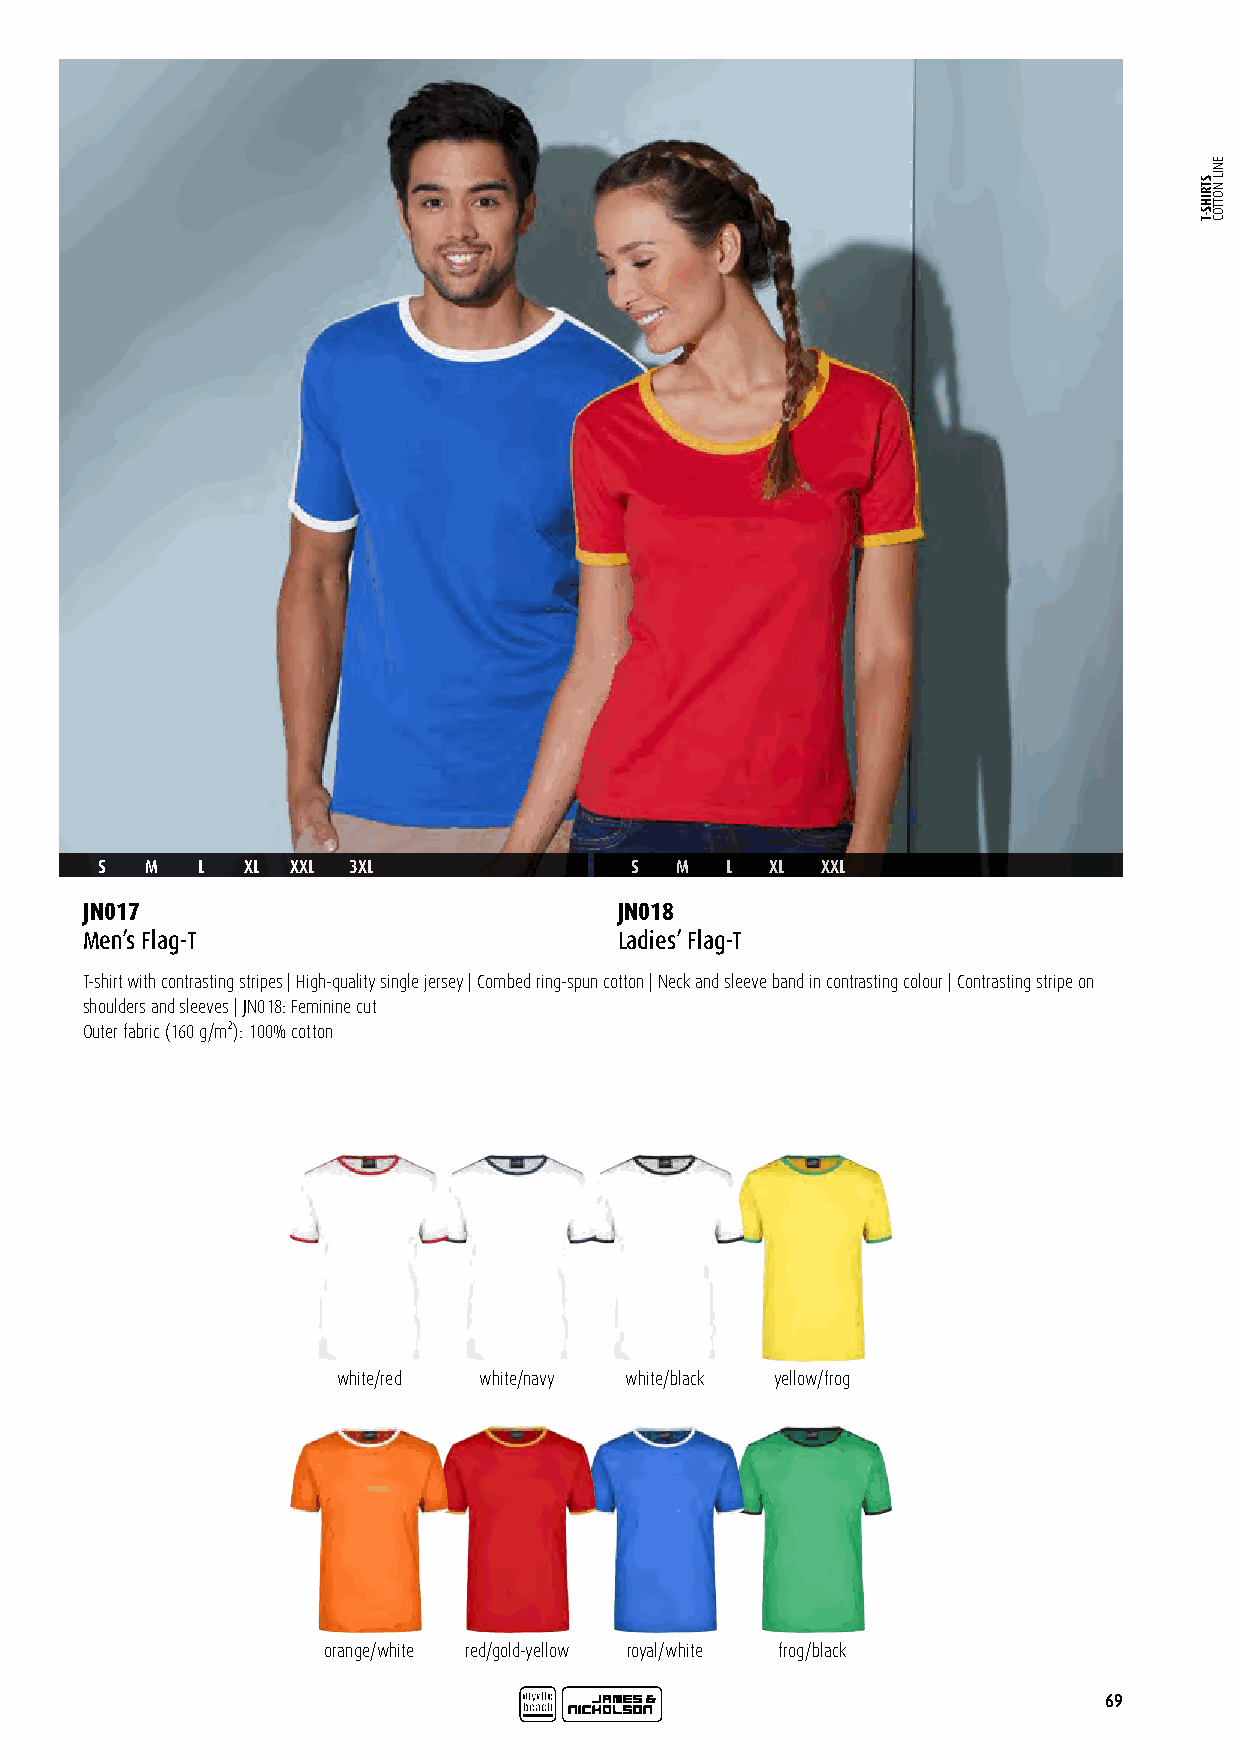
S   M  L  XL XXL 3XL                S  M  L  XL XXL
 JN017                               JN018
 Men’s Flag-T                        Ladies’ Flag-T
 T-shirt with contrasting stripes | High-quality single jersey | Combed ring-spun cotton | Neck and sleeve band in contrasting colour | Contrasting stripe on
 shoulders and sleeves | JN018: Feminine cut
 Outer fabric (160 g/m²): 100% cotton
 white/red white/navy white/black yellow/frog
 orange/white red/gold-yellow royal/white frog/black
 69
 STRIHS-T
 ENIL
 NOTTOC